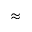
\approx